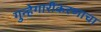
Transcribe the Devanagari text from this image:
गुन्हेगारीकरणाचा